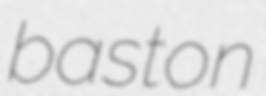
baston